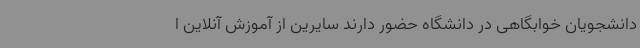
دانشجویان خوابگاهی در دانشگاه حضور دارند سایرین از آموزش آنلاین ا